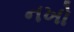
નખો